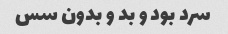
سرد بود و بد و بدون سس